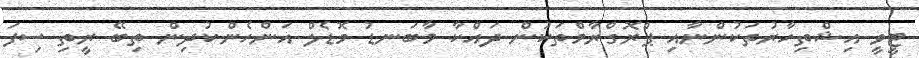
ޓީވީ އިޝްތިހާރުތަކުންނާއި ޕްރޮގްރާމްތަކުން ދައްކާ މާބަނޑު މޮޑެލް އަންހެންކުދިން ތިބޭ ރީތި ސިފަ